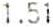
1.51